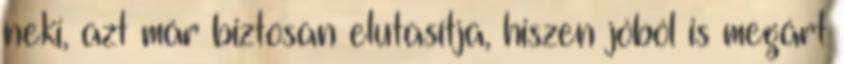
neki, azt már biztosan elutasítja, hiszen jóból is megárt